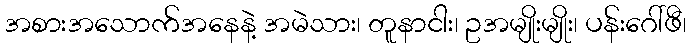
အစားအသောက်အနေနဲ့ အမဲသား၊ တူနာငါး၊ ဥအမျိုးမျိုး၊ ပန်းဂေါ်ဖီ၊